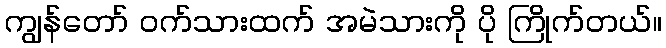
ကျွန်တော် ဝက်သားထက် အမဲသားကို ပို ကြိုက်တယ်။